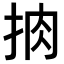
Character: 𢫭